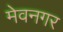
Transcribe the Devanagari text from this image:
मेवनगर